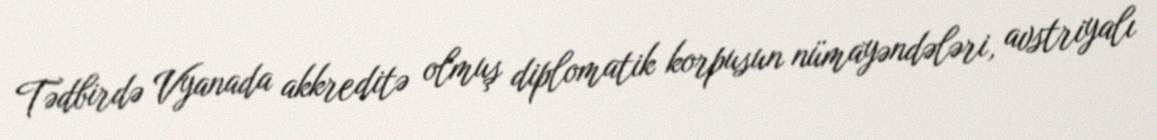
Tədbirdə Vyanada akkreditə olmuş diplomatik korpusun nümayəndələri, avstriyalı